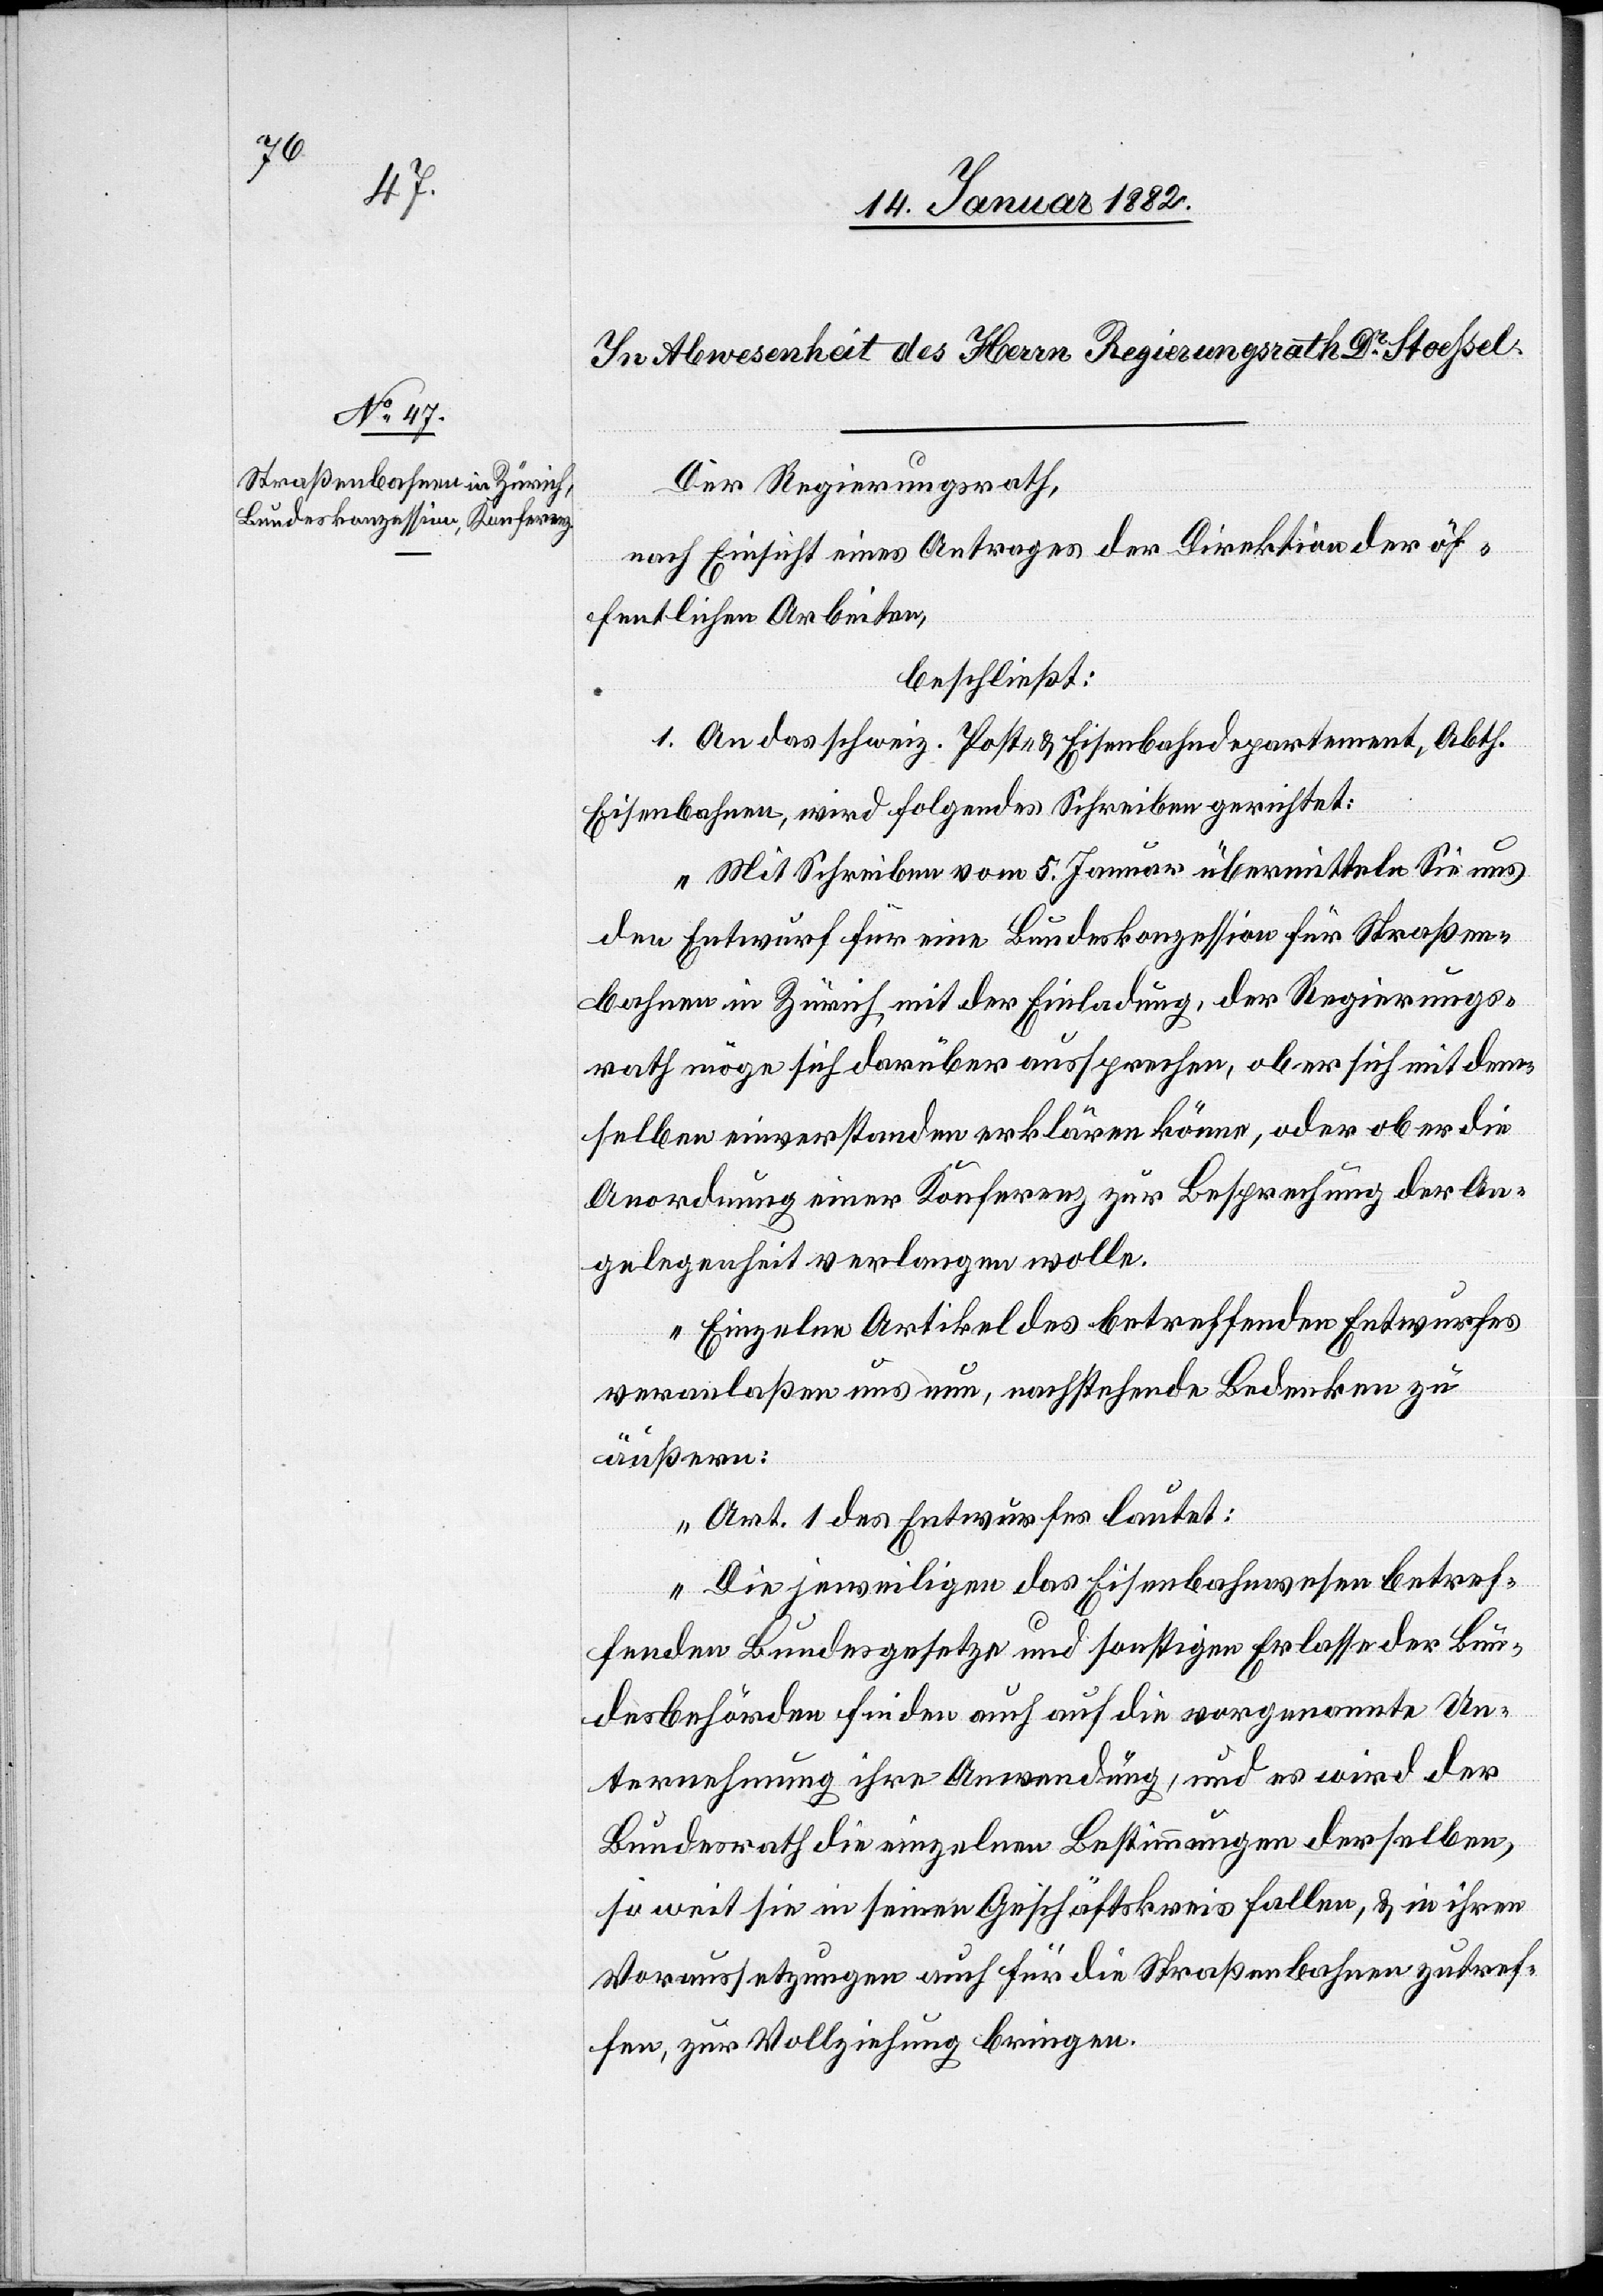
Der Regierungsrath,
nach Einsicht eines Antrages der Direktion der öf¬
fentlichen Arbeiten,
beschließt:
1. An das schweiz. Post- & Eisenbahndepartement, Abth.
Eisenbahnen, wird folgendes Schreiben gerichtet:
„Mit Schreiben vom 5. Januar übermitteln Sie uns
den Entwurf für eine Bundeskonzession für Straßen¬
bahnen in Zürich, mit der Einladung, der Regierungs¬
rath möge sich darüber aussprechen, ob er sich mit dem¬
selben einverstanden erklären könne, oder ob er die
Anordnung einer Konferenz zur Besprechung der An¬
gelegenheit verlangen wolle.
Einzelne Artikel des betreffenden Entwurfes
veranlaßen uns nun, nachstehende Bedenken zu
äußern:
Art. 1 des Entwurfes lautet:
„Die jeweiligen das Eisenbahnwesen betref¬
fenden Bundesgesetze und sonstigen Erlasse der Bun¬
desbehörden finden auch auf die vorgenannte Un¬
ternehmung ihre Anwendung, und es wird der
Bundesrath die einzelnen Bestimmungen derselben,
so weit sie in seinen Geschäftskreis fallen, & in ihren
Voraussetzungen auch für die Straßenbahnen zutref¬
fen, zur Vollziehung bringen.“